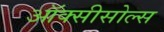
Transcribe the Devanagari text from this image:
ऑक्सीसोल्स